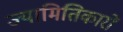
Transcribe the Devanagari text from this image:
ज्यामितिकारों